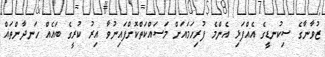
ޒުވާނާގެ ސިކުނޑީގެ އެއްފަޅި އެންމެ ފުރިހަމައަށް މަސައްކަތްކޮށްފައިނުވާ އިރު ކުރީގެ ބައެއް ހަނދާންތައް